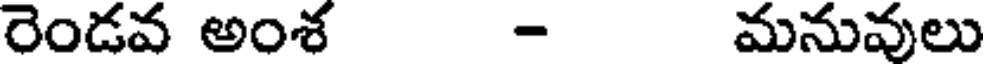
రెండవ అంశ - మనువులు